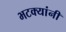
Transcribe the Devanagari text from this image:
भटक्यांनी